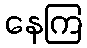
နေကြ